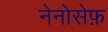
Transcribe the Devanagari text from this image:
नेनोसेफ़